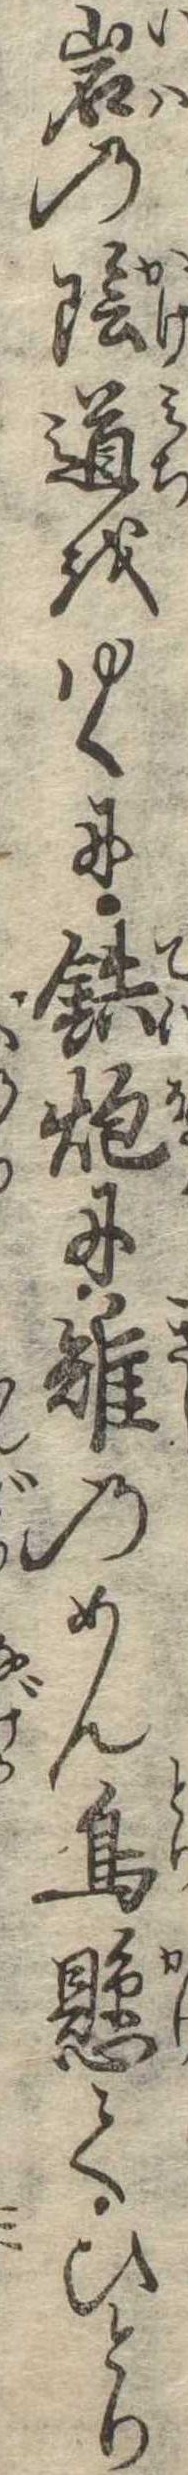
岩の陰道をゆくに鉄炮に雉のめん鳥懸てひとり